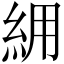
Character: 𮈉